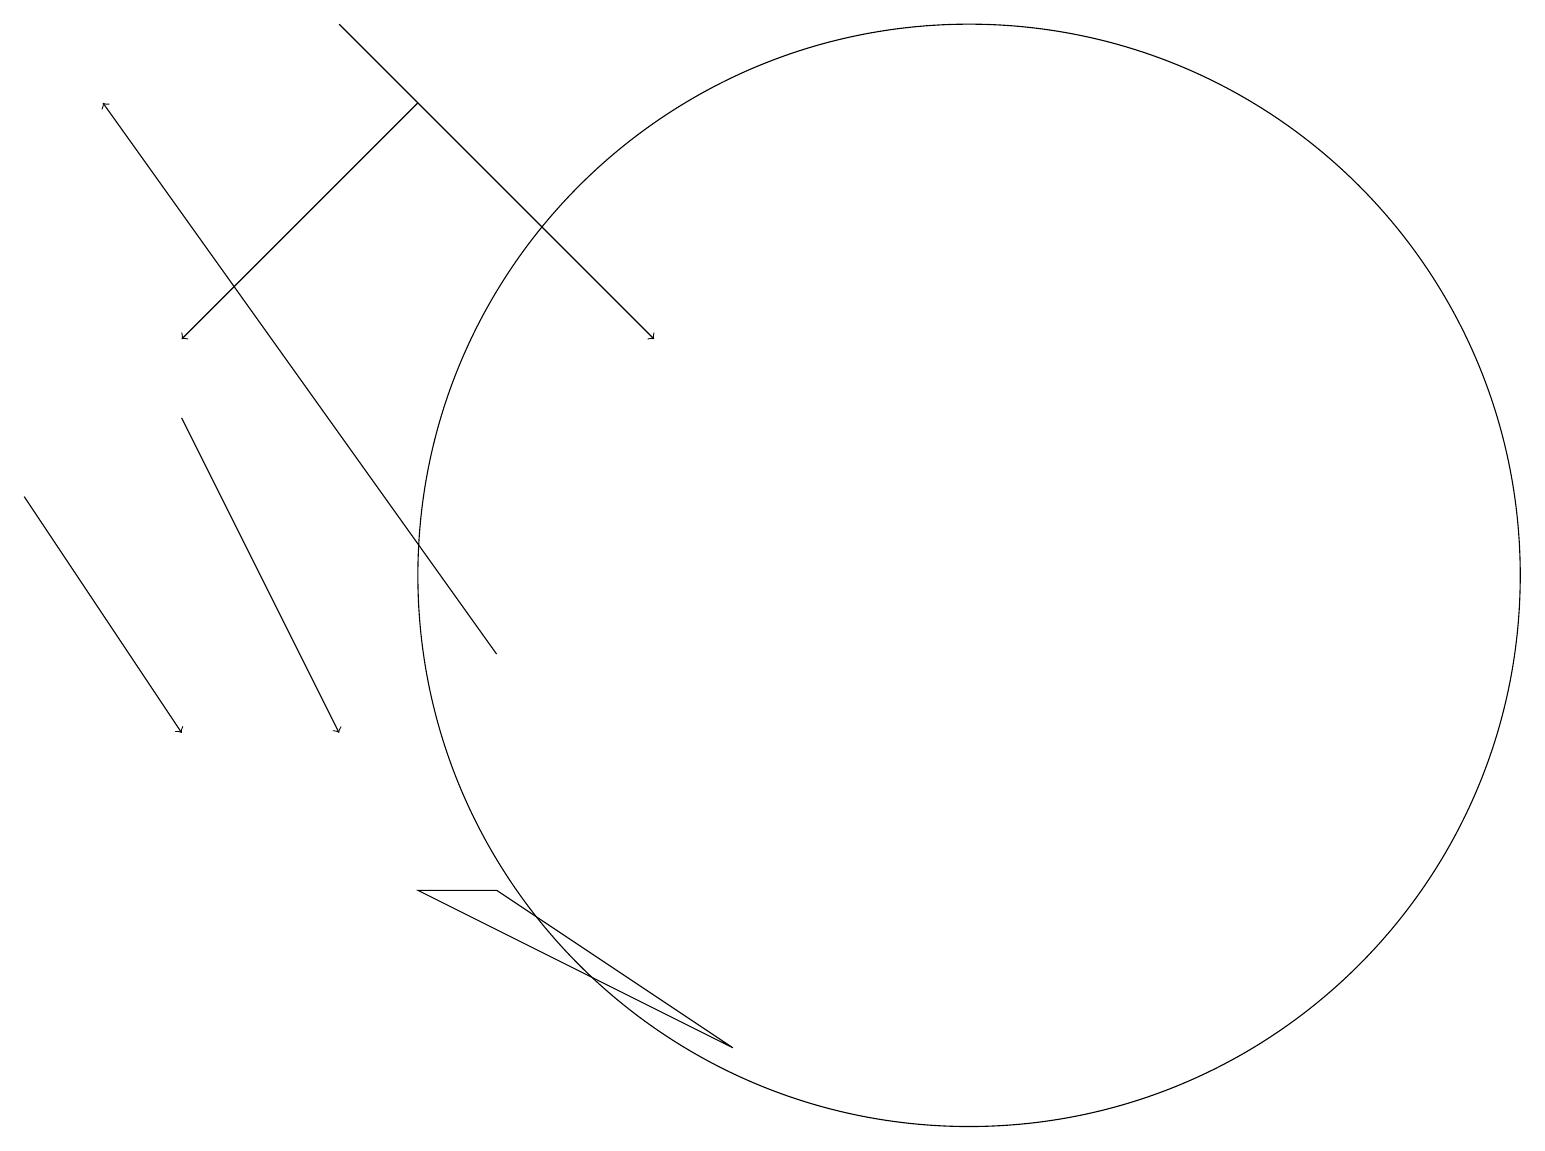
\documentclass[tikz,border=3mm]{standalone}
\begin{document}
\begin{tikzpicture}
\draw[->] (6,11) -- (1,18);
\draw[->] (2,14) -- (4,10);
\draw[->] (4,19) -- (8,15);
\draw[->] (0,13) -- (2,10);
\draw (6,8) -- (5,8) -- (9,6) -- cycle;
\draw[->] (5,18) -- (2,15);
\draw (12,12) circle (7);
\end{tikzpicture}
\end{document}